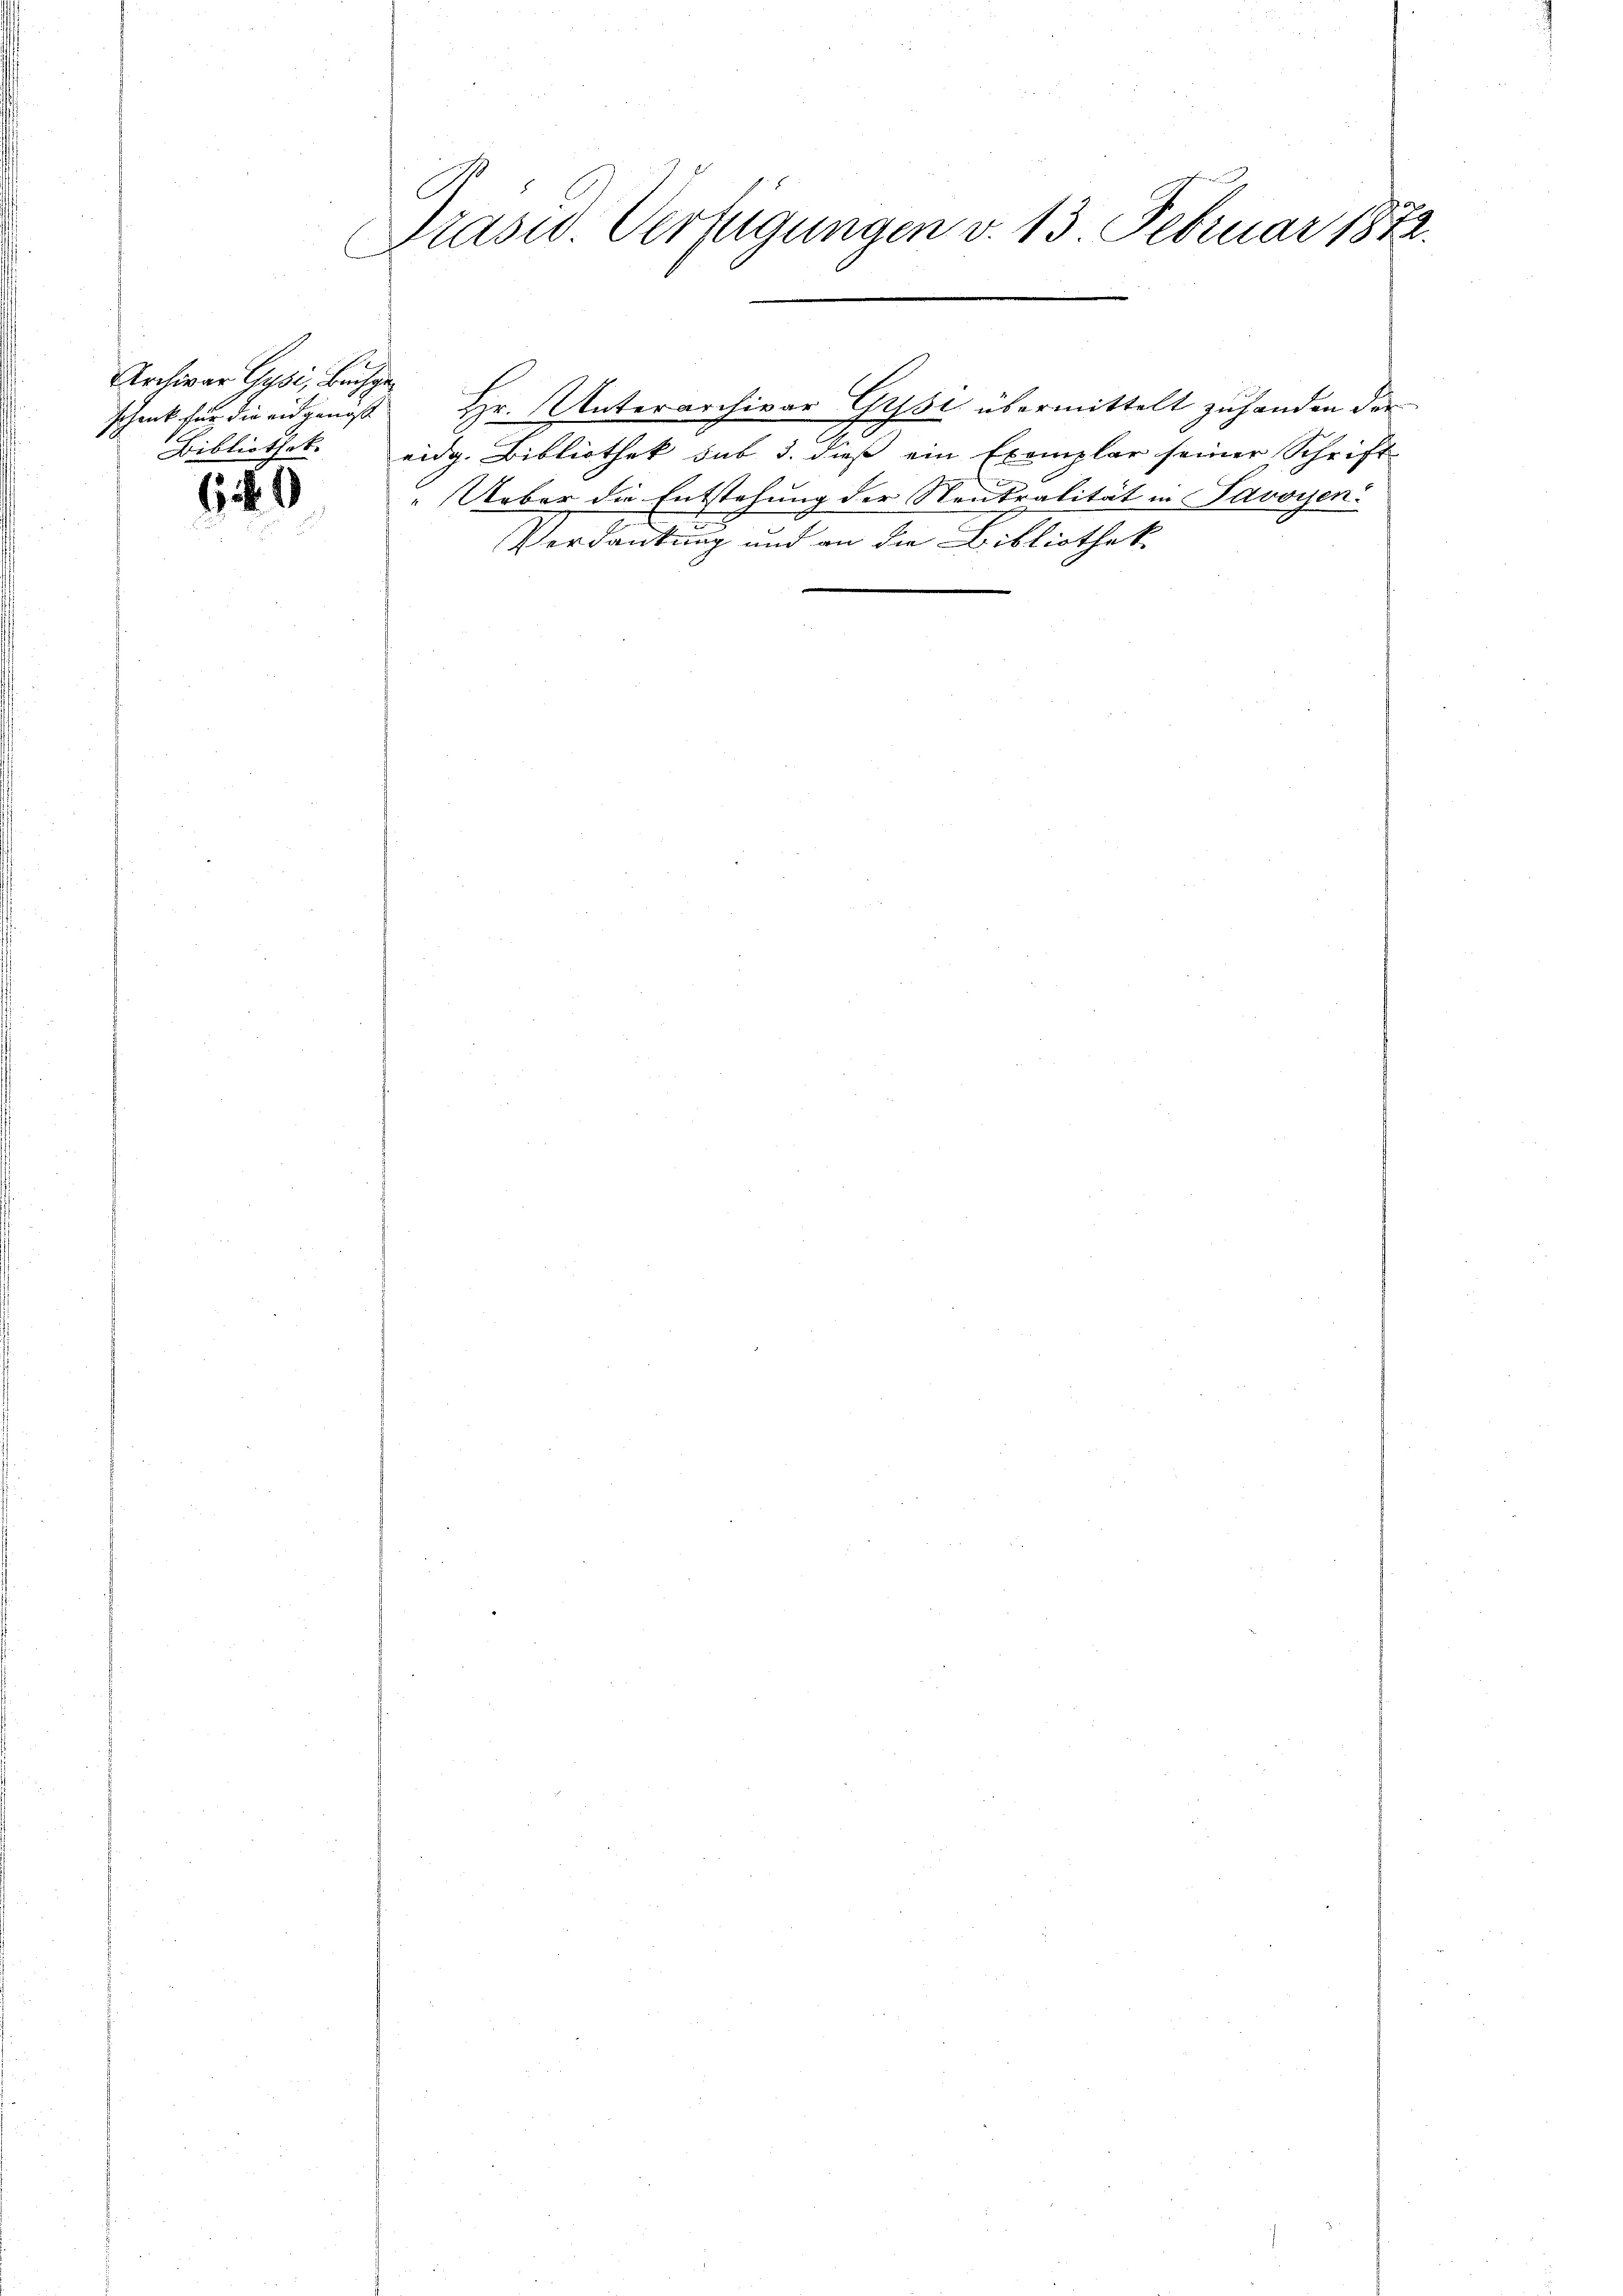
Archivar Clusi, Buchge
schenk für die eidgenöss
Bibliothek.

629

Präsid. Verfügungen v. 13. Februar 1872.

Hr. Unterarchivar Gysi übermittelt zuhanden der
I
" Ueber die Entstehung der Neutralität in Savoyen
Verdankung und an die Bibliothek

eidg. Bibliothek sub 3. dieß ein Exemplar seiner Schrift